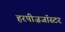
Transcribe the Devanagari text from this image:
हरपीज़जॉस्टर